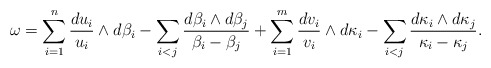
\begin{align*}\omega= \sum_{i=1}^n \frac{du_i}{u_i}\wedge d\beta_i-\sum_{i<j}\frac{d\beta_i\wedge d\beta_j}{\beta_i-\beta_j} +\sum_{i=1}^m \frac{dv_i}{v_i}\wedge d\kappa_i-\sum_{i<j}\frac{d\kappa_i\wedge d\kappa_j}{\kappa_i-\kappa_j}.\end{align*}